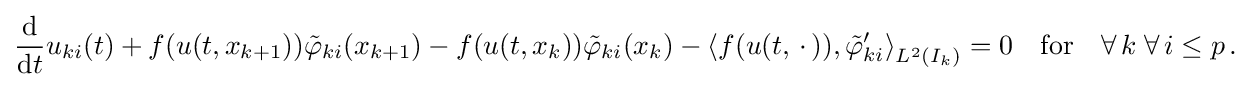
{\begin{aligned}{\frac {\mathrm {d} }{\mathrm {d} t}}u_{ki}(t)+f(u(t,x_{k+1})){\tilde {\varphi }}_{ki}(x_{k+1})-f(u(t,x_{k})){\tilde {\varphi }}_{ki}(x_{k})-\left\langle f(u(t,\,\cdot \,)),{\tilde {\varphi }}_{ki}'\right\rangle _{L^{2}(I_{k})}=0\quad {\text{for}}\quad \forall \,k\;\forall \,i\leq p\,.\end{aligned}}